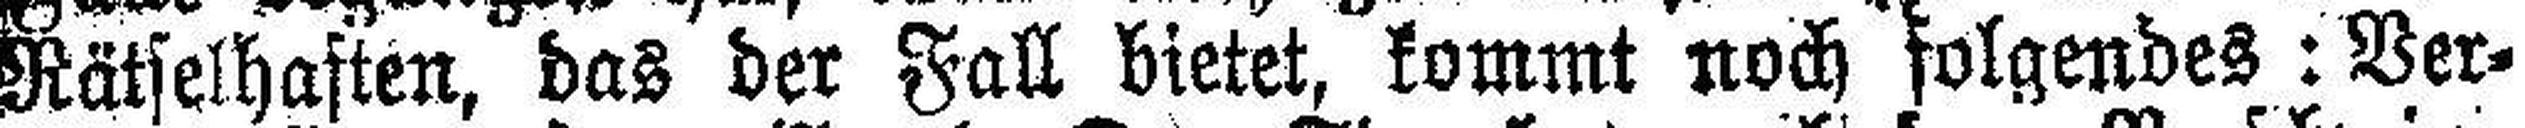
Rätselhaften, das der Fall bietet, kommt noch folgendes: Ver¬